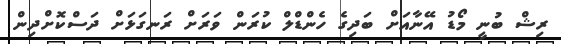
ރިޝް ބުނީ މޯޑު އޭނާއަށް ބަދިގެ ހެންޑްލް ކުރަން ވަރަށް ރަނގަޅަށް ދަސްކޮށްދިން